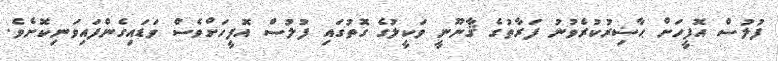
ފުލުސް އޮފީހަށް ޙާޟިރުކުރެވުނު ފަރާތުގެ ޤާނޫނީ ވަކީލުގެ ގޮތުގައި ފުލުސް އޮފީހަށްވެސް ވަޑައިގެންފައިވަނިކޮށެވެ.